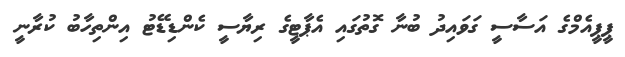
ޕީޕީއެމްގެ އަސާސީ ގަވައިދު ބުނާ ގޮތުގައި އެޕާޓީގެ ރިޔާސީ ކެންޑިޑޭޓު އިންތިހާބު ކުރާނީ